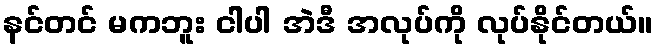
နင်တင် မကဘူး ငါပါ အဲဒီ အလုပ်ကို လုပ်နိုင်တယ်။